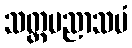
သတ္တပညာသမံ